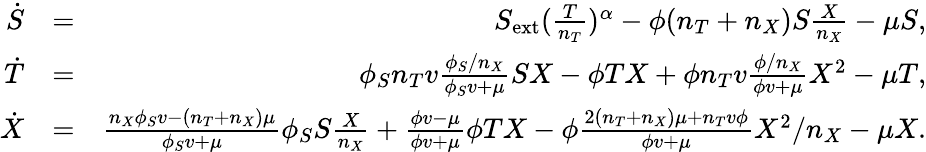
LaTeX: \begin{array}{rlr}{\dot{S}}&{=}&{S_{\mathrm{ext}}(\frac{T}{n_{T}})^{\alpha}-\phi(n_{T}+n_{X})S\frac{X}{n_{X}}-\mu S,}\\ {\dot{T}}&{=}&{\phi_{S}n_{T}v\frac{\phi_{S}/n_{X}}{\phi_{S}v+\mu}SX-\phi TX+\phi n_{T}v\frac{\phi/n_{X}}{\phi v+\mu}X^{2}-\mu T,}\\ {\dot{X}}&{=}&{\frac{n_{X}\phi_{S}v-(n_{T}+n_{X})\mu}{\phi_{S}v+\mu}\phi_{S}S\frac{X}{n_{X}}+\frac{\phi v-\mu}{\phi v+\mu}\phi TX-\phi\frac{2(n_{T}+n_{X})\mu+n_{T}v\phi}{\phi v+\mu}X^{2}/n_{X}-\mu X.}\end{array}